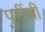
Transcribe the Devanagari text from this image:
पुरींची